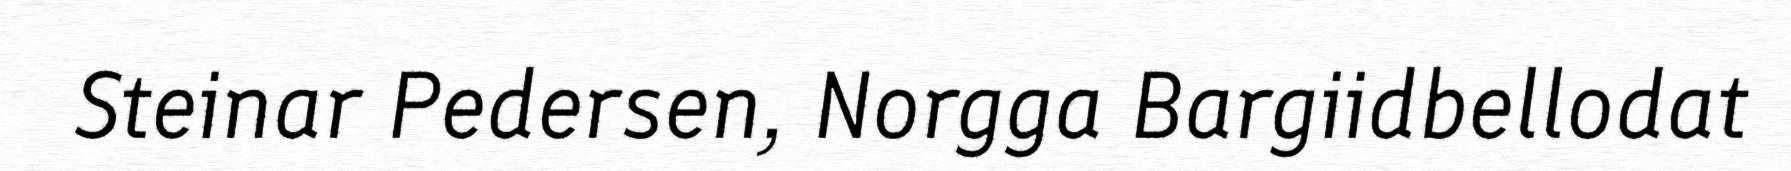
Steinar Pedersen, Norgga Bargiidbellodat